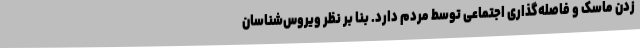
زدن ماسک و فاصله‌گذاری اجتماعی توسط مردم دارد. بنا بر نظر ویروس‌شناسان